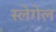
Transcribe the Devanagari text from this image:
स्लेगेल